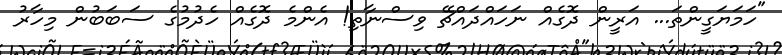
"ހަމަޔަގީންތަ... އަރީން ދޮގެއް ނަހައްދައްޗޭ ވިސްނާތި! އެންމެ ދޮގެއް ހެދުމުގެ ސަބަބުން މިހާރު